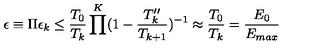
\epsilon \equiv \Pi \epsilon _ { k } \leq \frac { T _ { 0 } } { T _ { k } } \prod ^ { K } ( 1 - \frac { T _ { k } ^ { \prime \prime } } { T _ { k + 1 } } ) ^ { - 1 } \approx \frac { T _ { 0 } } { T _ { k } } = \frac { E _ { 0 } } { E _ { m a x } }